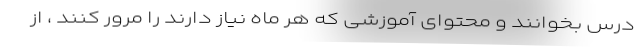
درس بخوانند و محتوای آموزشی که هر ماه نیاز دارند را مرور کنند ، از